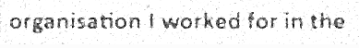
organisation I worked for in the